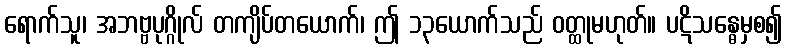
ရောက်သူ၊ အဘဗ္ဗပုဂ္ဂိုလ် တကျိပ်တယောက်၊ ဤ ၁၃ယောက်သည် ဝတ္ထုမဟုတ်။ ပဋိသန္ဓေမှစ၍